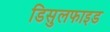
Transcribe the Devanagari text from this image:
डिसुलफाइड